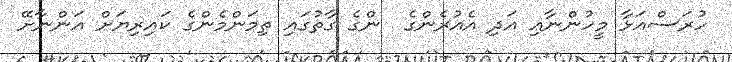
ހުރަސްއަޅާ މީހުންނާއި އަދި އެއުރެންގެ  ންގެ ގާތުގައި ތިމަންމެންގެ ކައިރިޔަށް އަންނާށޭ